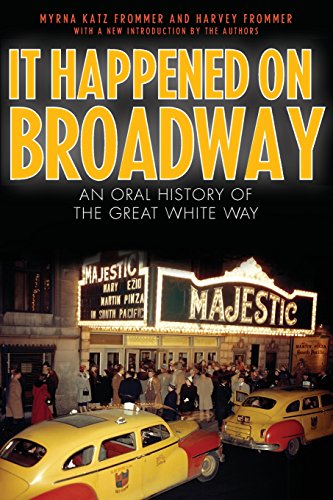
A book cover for It Happened on Broadway: An Oral History of the Great White Way; Myrna Katz Frommer; Biographies & Memoirs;